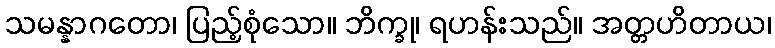
သမန္နာဂတော၊ ပြည့်စုံသော။ ဘိက္ခု၊ ရဟန်းသည်။ အတ္တဟိတာယ၊